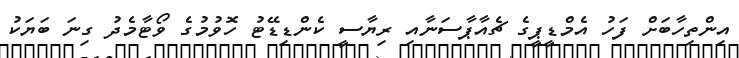
އިންތިހާބަށް ފަހު އެމްޑީޕީގެ ޗެއާޕާސަނާއި ރިޔާސީ ކެންޑިޑޭޓު ހޮވުމުގެ ވޯޓާމެދު ގިނަ ބަޔަކު